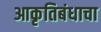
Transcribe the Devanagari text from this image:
आकृतिबंधाचा